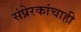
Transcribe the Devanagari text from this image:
संप्रेरकांचाही